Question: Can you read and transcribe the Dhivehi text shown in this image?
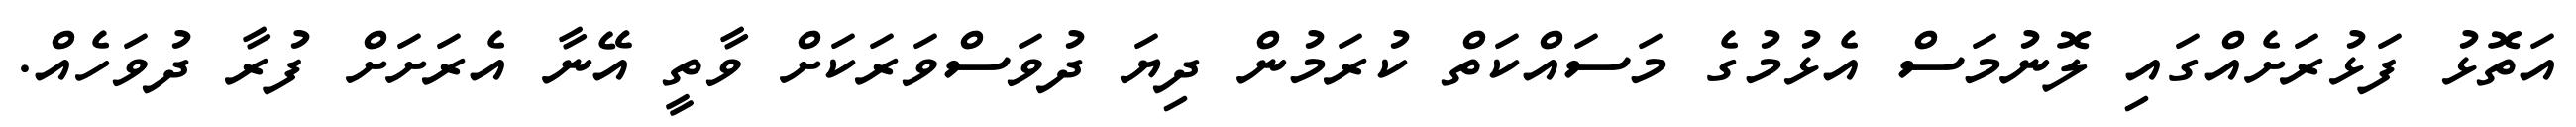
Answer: އަތޮޅު ފަޅުރަށެއްގައި ލޮނުމަސް އެޅުމުގެ މަސައްކަތް ކުރަމުން ދިޔަ ދުވަސްވަރަކަށް ވާތީ އޭނާ އެރަށަށް ފުރާ ދުވަހެއް.